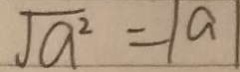
\sqrt { a ^ { 2 } } = 1 a